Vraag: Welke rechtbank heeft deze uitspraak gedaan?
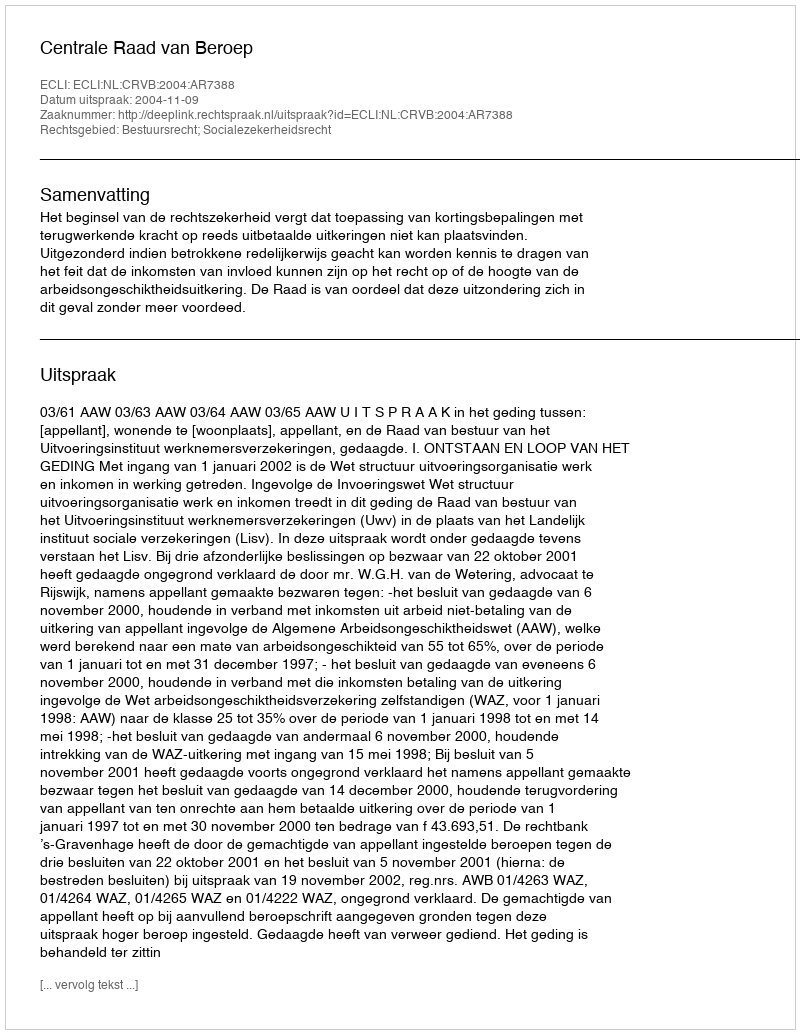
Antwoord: Centrale Raad van Beroep